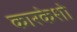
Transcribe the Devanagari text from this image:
कारकेशो